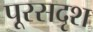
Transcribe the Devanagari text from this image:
पूरसदृश